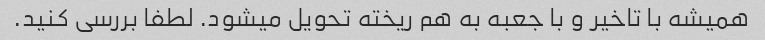
همیشه با تاخیر و با جعبه به هم ریخته تحویل میشود. لطفا بررسی کنید.